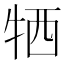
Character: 牺